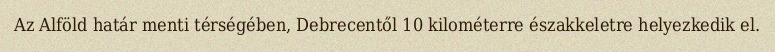
Az Alföld határ menti térségében, Debrecentől 10 kilométerre északkeletre helyezkedik el.